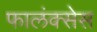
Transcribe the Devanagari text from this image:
फालंक्सेस